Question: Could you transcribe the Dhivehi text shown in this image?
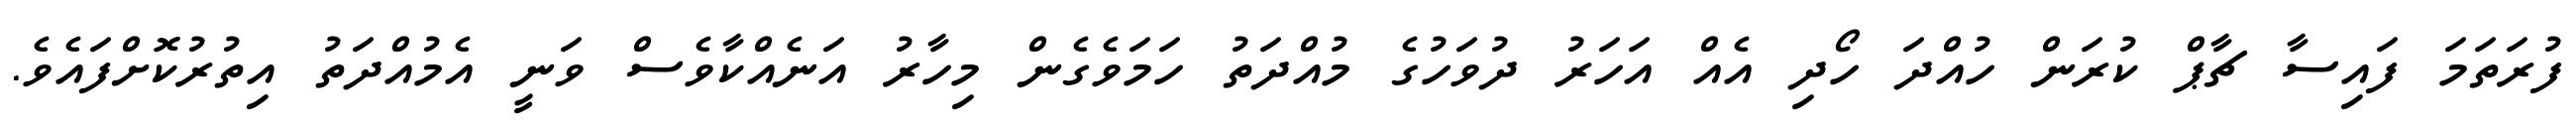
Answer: ފުރަތަމަ ފައިސާ ޗާޕް ކުރަން ހުއްދަ ހޯދި އެއް އަހަރު ދުވަހުގެ މުއްދަތު ހަމަވެގެން މިހާރު އަނެއްކާވެސް ވަނީ އެމުއްދަތު އިތުރުކޮށްފައެވެ.